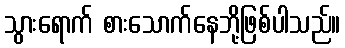
သွားရောက် စားသောက်နေဘို့ဖြစ်ပါသည်။